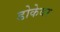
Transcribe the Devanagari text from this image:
डोकेवर